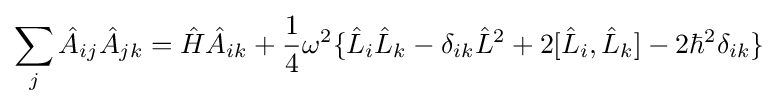
\sum _{j}{\hat {A}}_{ij}{\hat {A}}_{jk}={\hat {H}}{\hat {A}}_{ik}+{\frac {1}{4}}\omega ^{2}\{{\hat {L}}_{i}{\hat {L}}_{k}-\delta _{ik}{\hat {L}}^{2}+2[{\hat {L}}_{i},{\hat {L}}_{k}]-2\hbar ^{2}\delta _{ik}\}